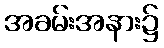
အခမ်းအနား၌